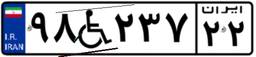
۶۳W۸۳۵۷۶